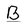
Character: B